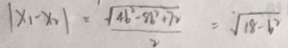
\vert x _ { 1 } - x _ { 2 } \vert = \frac { \sqrt { 4 b ^ { 2 } - 8 b ^ { 2 } + 7 2 } } { 2 } = \sqrt { 1 8 - 6 ^ { 2 } }